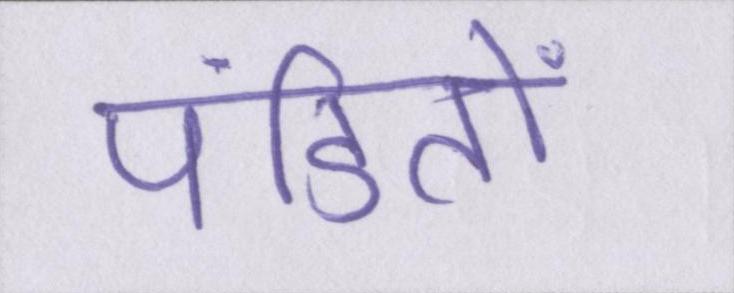
पंडितों